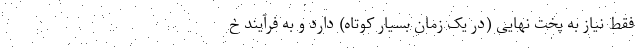
فقط نیاز به پخت نهایی (در یک زمان بسیار کوتاه) دارد و به فرآیند خ